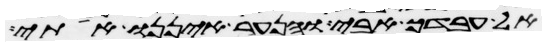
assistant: אל עבדך אבי והנער איננו אתי